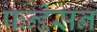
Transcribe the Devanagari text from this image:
फन्द्देसन